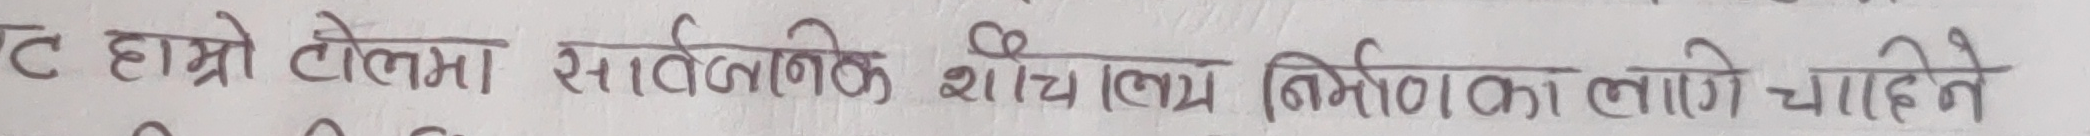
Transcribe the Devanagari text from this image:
ट हाम्रो देशमा सार्वजनिक शौचालय निर्माणका लागि चाहिने